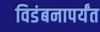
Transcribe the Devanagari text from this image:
विडंबनापर्यंत